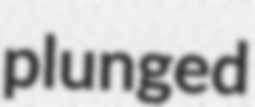
plunged